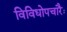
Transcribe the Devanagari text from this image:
विविधोपचारैः